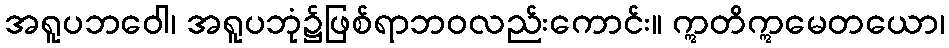
အရူပဘဝေါ၊ အရူပဘုံ၌ဖြစ်ရာဘဝလည်းကောင်း။ ဣတိဣမေတယော၊